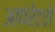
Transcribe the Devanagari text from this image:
आपरेटरों